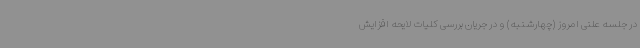
در جلسه علنی امروز (چهارشنبه) و در جریان بررسی کلیات لایحه افزایش